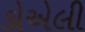
કોએલી